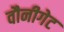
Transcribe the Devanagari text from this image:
वौनीगेट